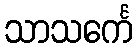
သာသင်္ကေ